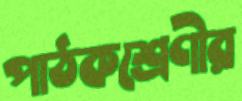
পাঠকশ্রেণীর